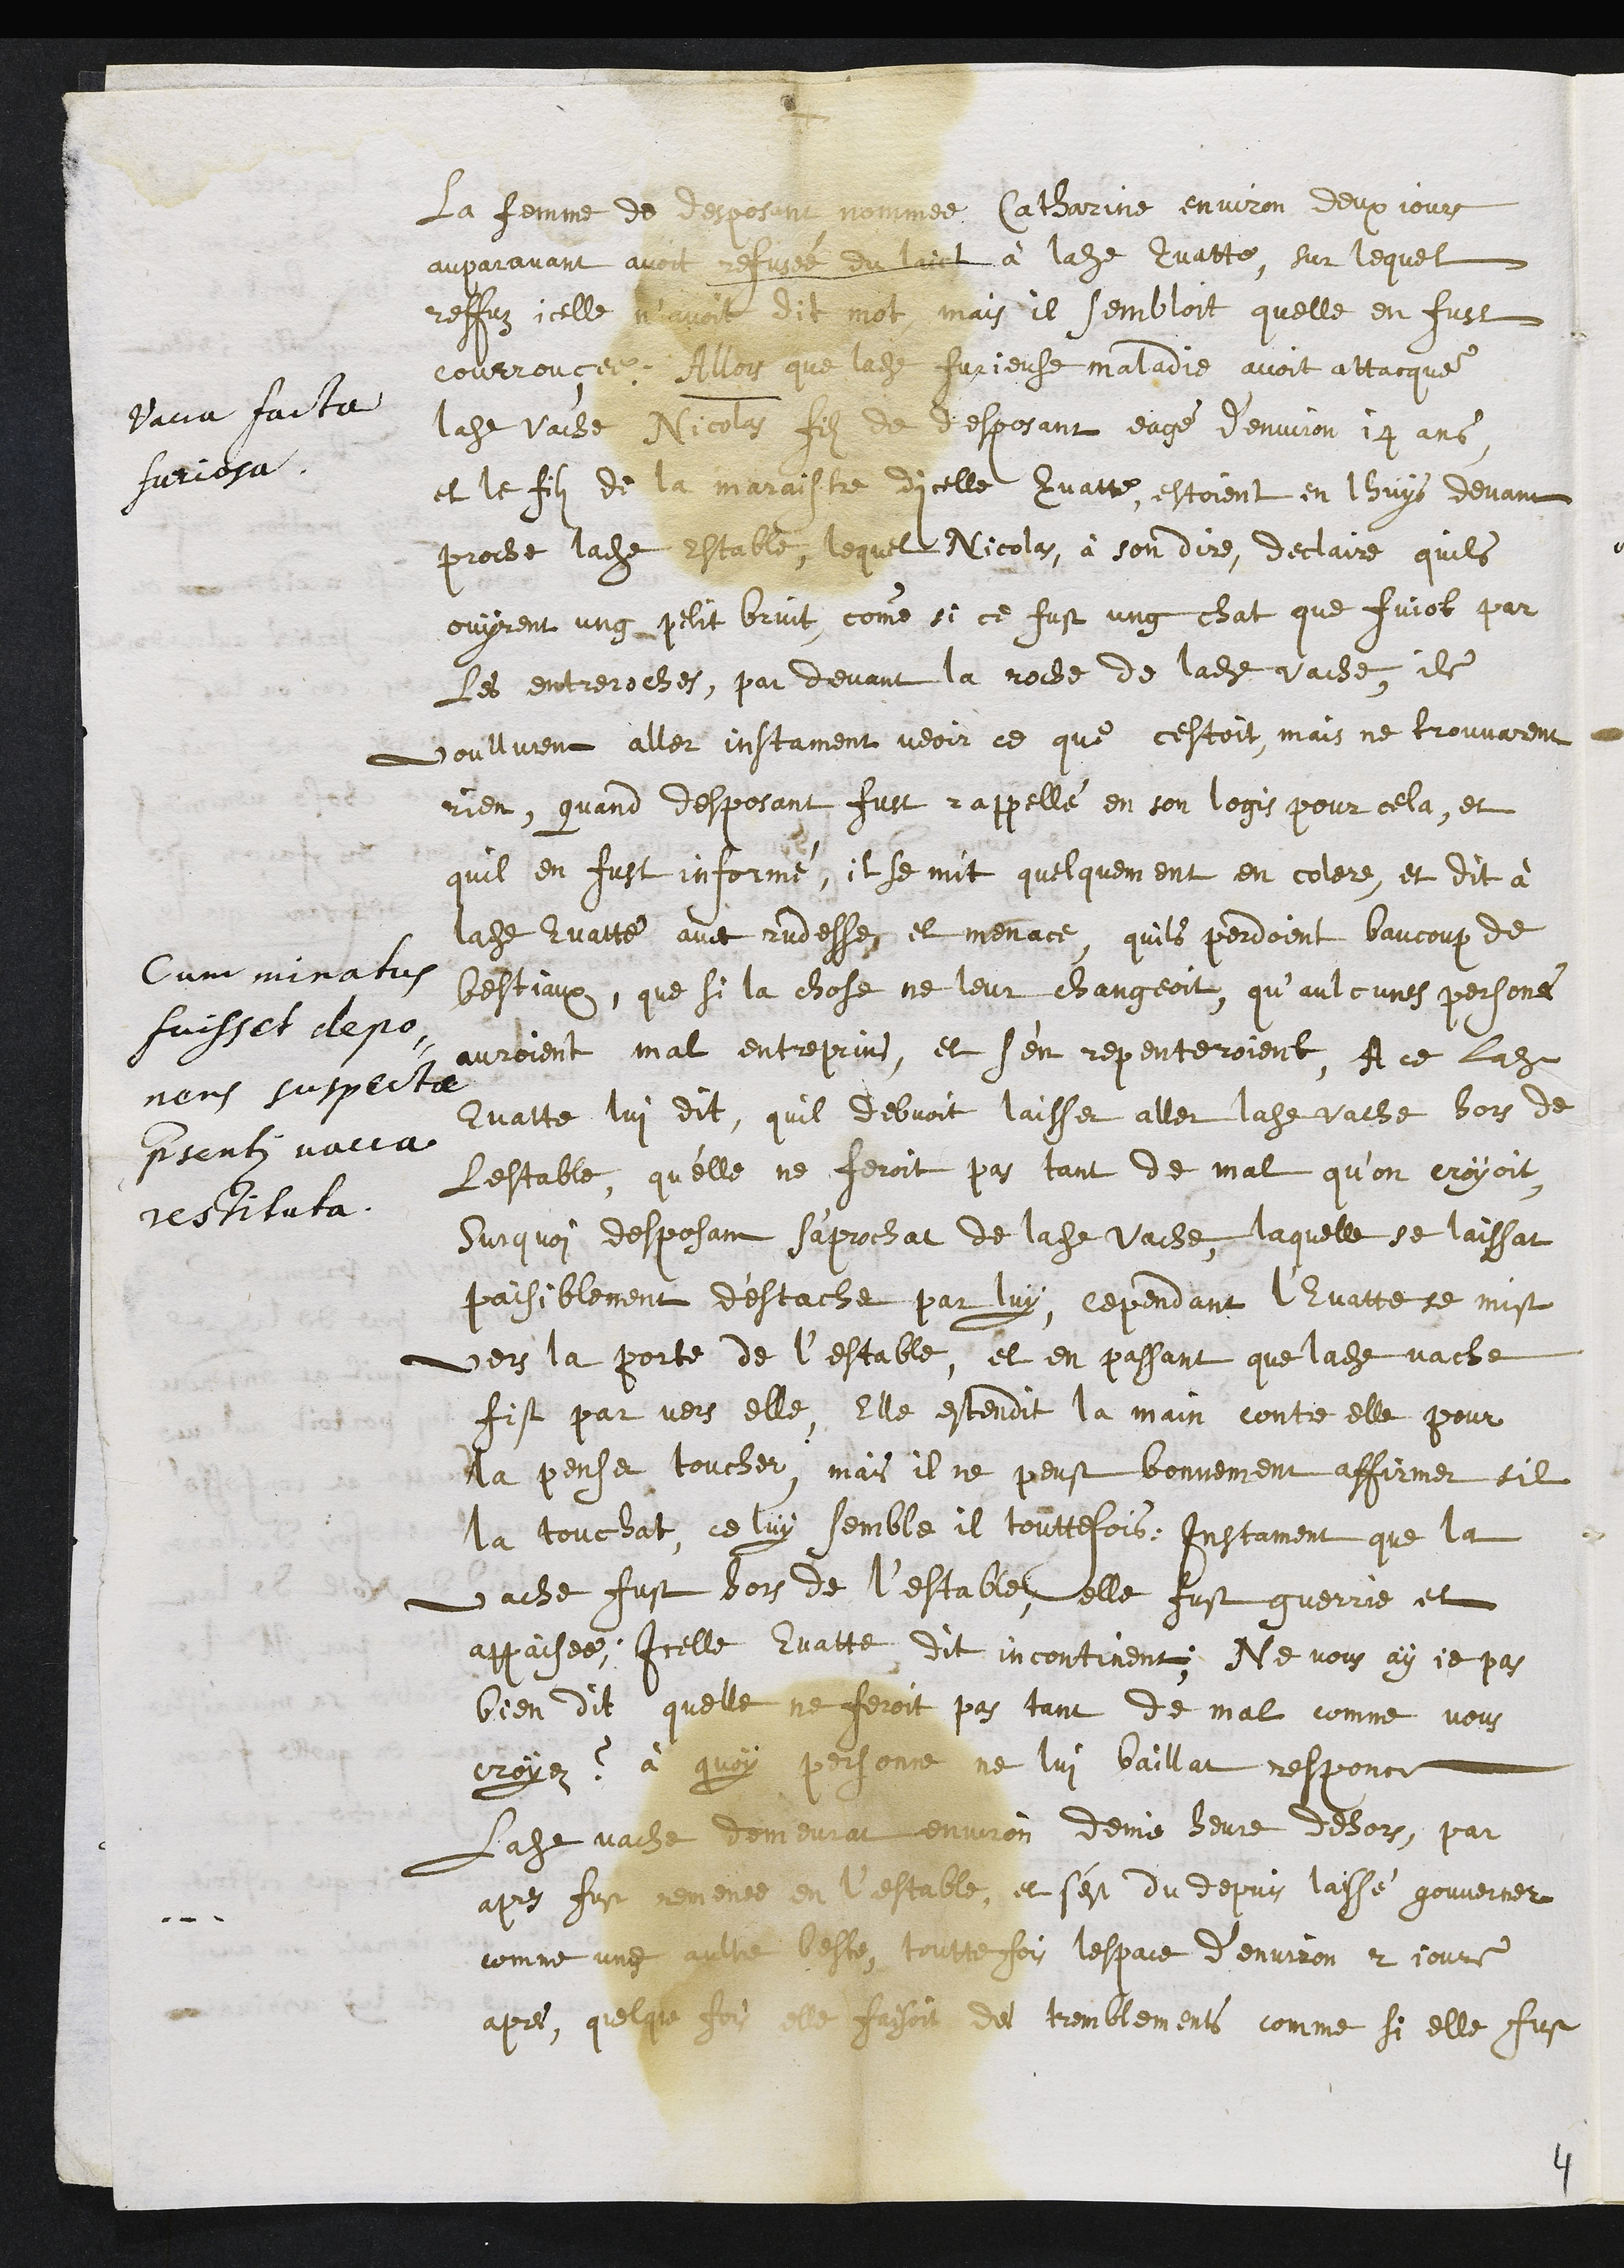
Vacca facta
furiosa
Cum minatus
fuisset depo¬
nens suspectae
presenti vacca
restituta
La femme de desposant nommée Catharine environ deux jours
auparavant avoit refusée du laict à ladite Evatte, sur lequel
reffuz icelle n'avoit dit mot, mais il sembloit quelle en fust
courrouçée, Allors que ladite furieuse maladie avoit attacqué
ladite vache Nicolas filz de desposant eagé d’environ 14 ans
et le filz de la maraistre dicelle Evatte, estoient en lhuis devant
proche ladite estable, lequel Nicolas, à son dire, declaire quils
ouyrent ung petit bruit, comme si ce fust ung chat que fuiot par
les entreroches, par devant la roche de ladite vache, ils
voullurent aller instament veoir ce que cestoit, mais ne trouvarent
rien, quand desposant fust rappellé en son logis pour cela, et
quil en fust informé, il se mit quelquement en colere, et dit à
ladite Evatte avec rudesse et menace quils perdoient baucoup de
bestiaux, que si la chose ne leur changeoit, qu’aulcunes persones
auroient mal entreprins, et s'en repenteroient. A ce ladite
Evatte lui dit quil debvoit laisser aller ladite vache hors de
Lestable, qu'elle ne feroit pas tant de mal qu’on croyoit,
Surquoy desposant s'aprochat de ladite vache, laquelle se laissat
paisiblement destacher par luy, cependant l’Evatte se mist
vers la porte de l’estable, et en passant que ladite vache
fist par vers elle, Elle estendit la main contre elle pour
la penser toucher, mais il ne peust bonnement affirmer sil
la touchat, ce luy semble il touttefois : Instament que la
vache fust hors de l’estable, elle fust guerrie et
appaisee ; Icelle Evatte dit incontinent : Ne vous ay je pas
bien dit quelle ne feroit pas tant de mal comme vous
croyez ? à quoy personne ne luy baillat responce
Ladite vache demeurat environ demie heure dehors, par
apres fust remenee en l'estable, et s'est du depuis laissé gouverner
comme une aultre beste, touttefois lespace d’environ 2 jours
apres, quelque fois elle faisoit des tremblements comme si elle fust
4